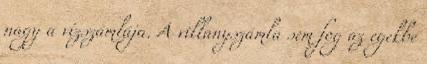
nagy a vízszámlája. A villanyszámla sem fog az egekbe